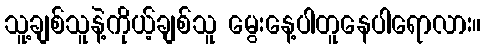
သူ့ချစ်သူနဲ့ကိုယ့်ချစ်သူ မွေးနေ့ပါတူနေပါရောလား။